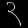
Digit: ၃